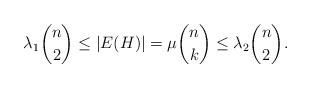
LaTeX: \begin{align*} \lambda_1\binom{n}{2} \leq |E(H)|=\mu \binom{n}{k} \leq \lambda_2 \binom{n}{2}. \end{align*}